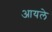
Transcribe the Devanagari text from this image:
आयले